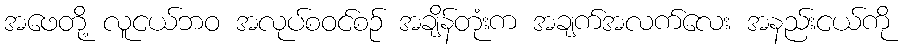
အဖေတို့ လူငယ်ဘဝ အလုပ်စဝင်စဉ် အချိန်တုံးက အချက်အလက်လေး အနည်းငယ်ကို